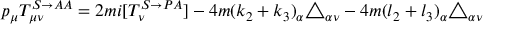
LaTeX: p _ { \mu } T _ { \mu \nu } ^ { S \rightarrow A A } = 2 m i [ T _ { \nu } ^ { S \rightarrow P A } ] - 4 m ( k _ { 2 } + k _ { 3 } ) _ { \alpha } \triangle _ { \alpha \nu } - 4 m ( l _ { 2 } + l _ { 3 } ) _ { \alpha } \triangle _ { \alpha \nu }